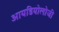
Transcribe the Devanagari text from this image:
आयडियोलोजी